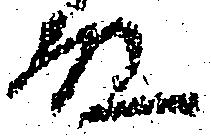
殿